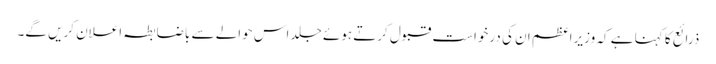
ذرائع کا کہنا ہے کہ وزیراعظم ان کی درخواست قبول کرتے ہوئے جلد اس حوالے سے باضابطہ اعلان کریں گے۔